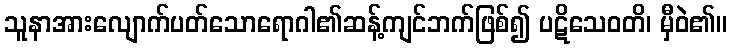
သူနာအားလျောက်ပတ်သောရောဂါ၏ဆန့်ကျင်ဘက်ဖြစ်၍ ပဋိသေဝတိ၊ မှီဝဲ၏။